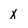
Character: X